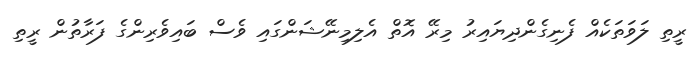
ރީތި ލަވަތަކެއް ފެނިގެންދިޔައިރު މިރޭ އޮތް އެލިމިނޭޝަންގައި ވެސް ބައިވެރިންގެ ފަރާތުން ރީތި